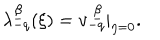
\lambda _ { - q } ^ { \underline { { \beta } } } ( \xi ) = v _ { - q } ^ { ~ \underline { { \beta } } } | _ { \eta = 0 } .